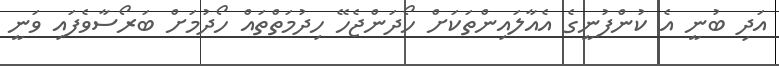
އަދި ބުނީ އެ ކުންފުނީގެ އެއާލައިންތަކަށް ހޯދަންޖެހޭ ހިދުމަތްތައް ހޯދުމަށް ބަރޯސާވެފައި ވަނީ